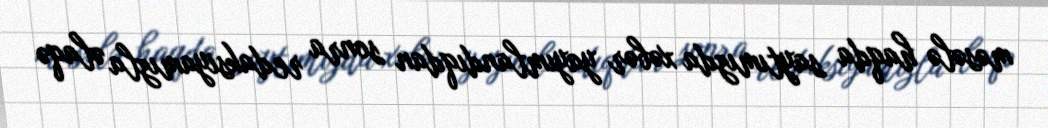
məsələ haqda saytımızda xəbər yayımlandıqdan sonra redaksiyamızla əlaqə